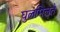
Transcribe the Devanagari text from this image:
घुलमिलते